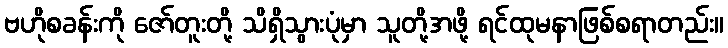
ဗဟိုစခန်းကို ဇော်တူးတို့ သိရှိသွားပုံမှာ သူတို့အဖို့ ရင်ထုမနာဖြစ်စရာတည်း။